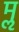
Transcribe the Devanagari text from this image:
मॢ